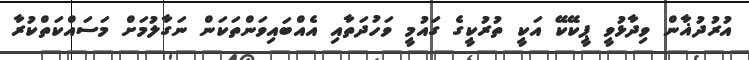
އުރުދުޣާން ވިދާޅުވީ ޕީކޭކޭ އަކީ ތުރުކީގެ ގައުމީ ވަހުދަތާއި އެއްބައިވަންތަކަން ނަގާލުމަށް މަސައްކަތްކުރާ